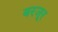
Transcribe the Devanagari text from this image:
बरजूर